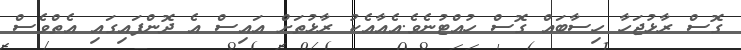
ގޮސް ރާޅުޖަހާ ހިސާބައް ގޮސް ހުއްޓުނެވެ.އެއާއެކު ރާޅުތަށް އައިސް އެ ދޮންފައިގައި އެތްވެސް